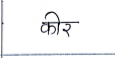
मजकूर: कीर